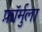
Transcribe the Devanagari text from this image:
फ़ॉर्मुला